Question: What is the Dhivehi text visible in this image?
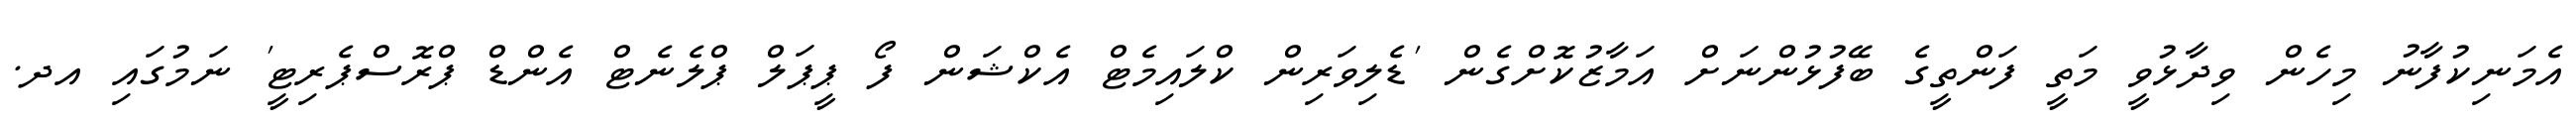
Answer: އެމަނިކުފާނު މިހެން ވިދާޅުވީ މަތީ ފަންތީގެ ބޭފުޅުންނަށް އަމާޒުކޮށްގެން 'ޑެލިވަރިން ކްލައިމެޓް އެކްޝަން ފޯ ޕީޕަލް ޕްލެނެޓް އެންޑް ޕްރޮސްޕެރިޓީ' ނަމުގައި އދ.